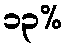
၁၃%